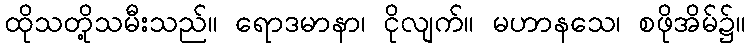
ထိုသတို့သမီးသည်။ ရောဒမာနာ၊ ငိုလျက်။ မဟာနသေ၊ စဖိုအိမ်၌။